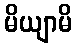
မိယျာမိ